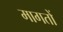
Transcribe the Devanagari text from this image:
मागतों